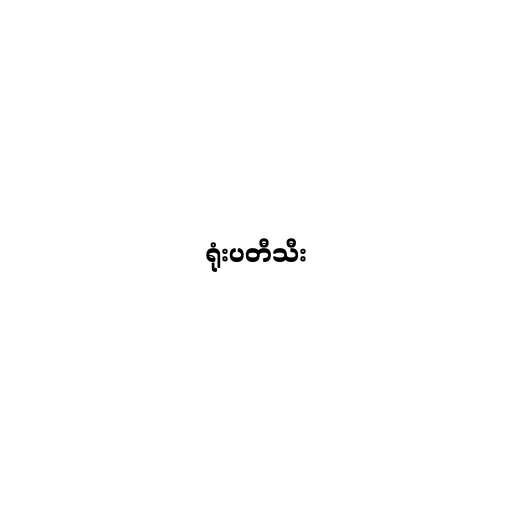
ရုံးပတီသီး